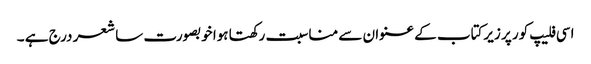
اسی فلیپ کور پر زیرکتاب کے عنوان سے مناسبت رکھتا ہوا خوبصورت سا شعر درج ہے ۔